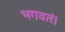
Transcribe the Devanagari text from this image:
भगवतं।